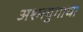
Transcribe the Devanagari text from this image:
अश्मयुगाचा